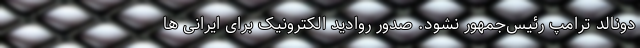
دونالد ترامپ رئیس‌جمهور نشود. صدور روادید الکترونیک برای ایرانی ها